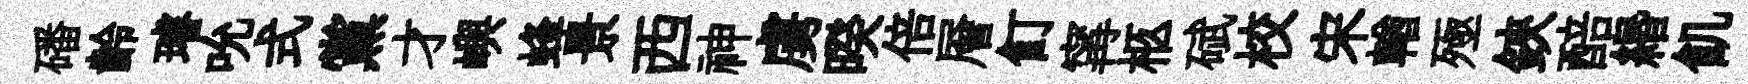
磻齡璿吮式黨才嶼蜂景西神虜暌倍層飣𡩋柩碔校宋輶殛鋏醅緡飢